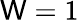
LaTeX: \mathsf{W}=1